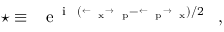
\star \equiv ~ \mathrm { { \Large ~ e ^ { ~ i ~ \hbar ( \stackrel { \leftarrow ~ } { \partial ~ } _ { x } \stackrel { \rightarrow ~ } { \partial ~ } _ { p } - \stackrel { \leftarrow ~ } { \partial ~ } _ { p } \stackrel { \rightarrow ~ } { \partial ~ } _ { x } ) / 2 } ~ } } ~ ,